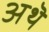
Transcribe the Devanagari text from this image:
अथॆ